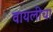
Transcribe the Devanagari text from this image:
वायलीचा